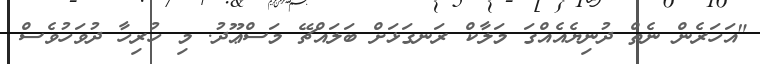
"އަހަރެން ނެތް ދުނިޔެއެއްގަ މަލާކް ރަނގަޅަށް ބަލައްޗޭ މަސްޢޫދު. މި ހުރިހާ ދުވަހުވެސް